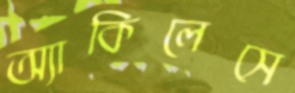
অ্যাকিলেসে